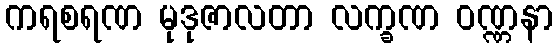
ကရစရဏ မုဒုဇာလတာ လက္ခဏ ဝဏ္ဏနာ